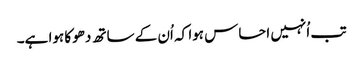
تب اُنہیں احساس ہوا کہ اُن کے ساتھ دھوکا ہوا ہے۔